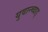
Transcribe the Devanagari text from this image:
युवान्च्वाड्